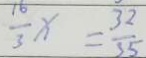
\frac { 1 6 } { 3 } x = \frac { 3 2 } { 3 5 }